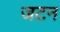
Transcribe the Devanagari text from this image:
जटन